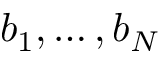
b _ { 1 } , \dots , b _ { N }